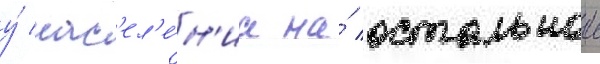
у́ нас'ел'е́н'иа на́ остальнои